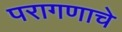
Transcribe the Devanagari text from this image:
परागणाचे